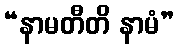
“နာမတီတိ နာမံ”